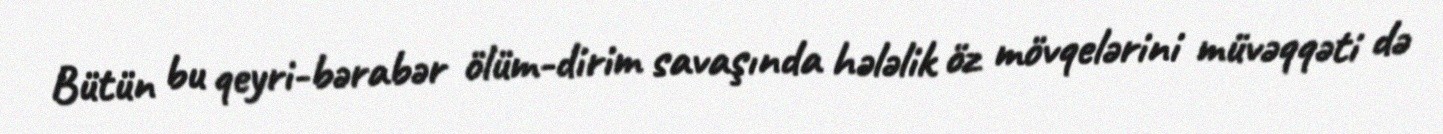
Bütün bu qeyri-bərabər ölüm-dirim savaşında hələlik öz mövqelərini müvəqqəti də